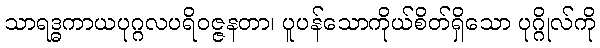
သာရဒ္ဓကာယပုဂ္ဂလပရိဝဇ္ဇနတာ၊ ပူပန်သောကိုယ်စိတ်ရှိသော ပုဂ္ဂိုလ်ကို